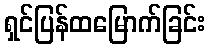
ရှင်ပြန်ထမြောက်ခြင်း